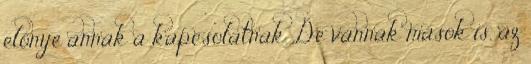
előnye annak a kapcsolatnak. De vannak mások is, az